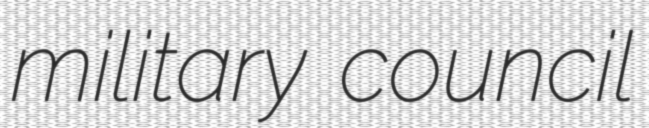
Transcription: military council